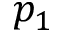
p _ { 1 }